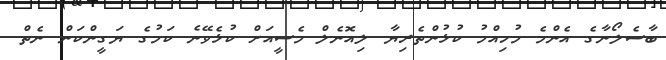
ބާސެލޯނާގެ އެންމެ މުހިއްމު ކުޅުންތެރިޔާ ލިއޮނެލް މެސީއަށް ކުޅެވޭނެ ކަމުގެ ޔަގީންކަން ނެތް